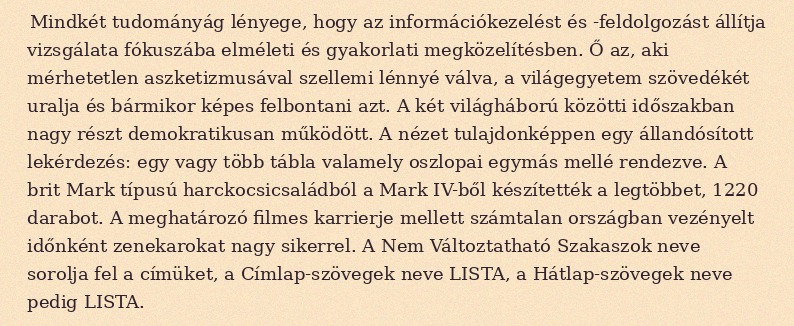
Mindkét tudományág lényege, hogy az információkezelést és -feldolgozást állítja vizsgálata fókuszába elméleti és gyakorlati megközelítésben. Ő az, aki mérhetetlen aszketizmusával szellemi lénnyé válva, a világegyetem szövedékét uralja és bármikor képes felbontani azt. A két világháború közötti időszakban nagy részt demokratikusan működött. A nézet tulajdonképpen egy állandósított lekérdezés: egy vagy több tábla valamely oszlopai egymás mellé rendezve. A brit Mark típusú harckocsicsaládból a Mark IV-ből készítették a legtöbbet, 1220 darabot. A meghatározó filmes karrierje mellett számtalan országban vezényelt időnként zenekarokat nagy sikerrel. A Nem Változtatható Szakaszok neve sorolja fel a címüket, a Címlap-szövegek neve LISTA, a Hátlap-szövegek neve pedig LISTA.